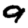
Digit: 9